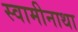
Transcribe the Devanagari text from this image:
स्वामीनाथा